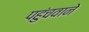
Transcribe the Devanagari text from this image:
पहुंचवाने